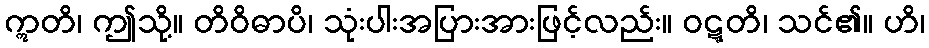
ဣတိ၊ ဤသို့။ တိဝိဓာပိ၊ သုံးပါးအပြားအားဖြင့်လည်း။ ဝဋ္ဋတိ၊ သင်၏။ ဟိ၊